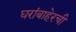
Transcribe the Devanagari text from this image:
घरांबाहेरची